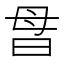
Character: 𰕽